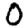
Digit: 0